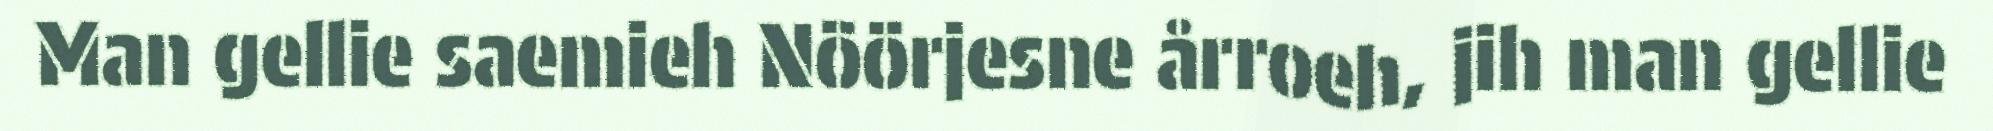
Man gellie saemieh Nöörjesne årroeh, jih man gellie